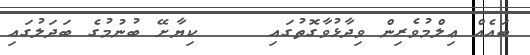
ބައެއް ޢިލްމުވެރިން ވިދާޅުވާގޮތުގައި     ކިޔާށޭ ބުނުމުގެ ބަދަލުގައި